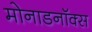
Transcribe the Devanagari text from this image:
मोनाडनॉक्स